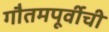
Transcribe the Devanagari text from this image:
गौतमपूर्वीची